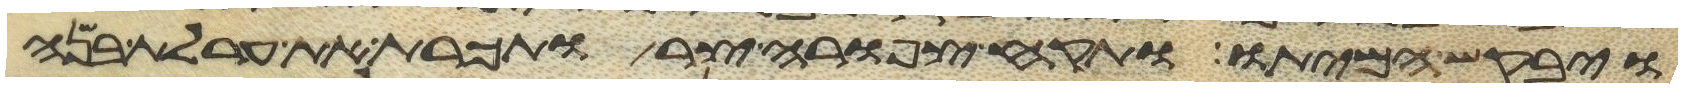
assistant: ויבקש המיתו ותקח צפורה צר ותכרת את ערלת בנה